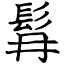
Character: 髥